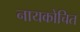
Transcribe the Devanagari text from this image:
नायकोचित